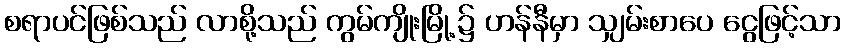
စရာပင်ဖြစ်သည် လာစို့သည် ကွမ်ကျိုးမြို့၌ ဟန်နီမှာ သျှမ်းစာပေ ငွေဖြင့်သာ